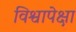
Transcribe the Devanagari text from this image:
विश्वापेक्षा